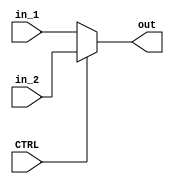
module Mux_2_to_1(
    in_1, 
    in_2, 
    out, 
    CTRL
    );
    
parameter BITWIDTH = 32;
    
    input [BITWIDTH-1 : 0]  in_1;
    input [BITWIDTH-1 : 0]  in_2;
    input                   CTRL;
    
    output [BITWIDTH-1 : 0] out;
    
    assign out = (CTRL == 1'b0) ? in_1 : in_2;
    
endmodule